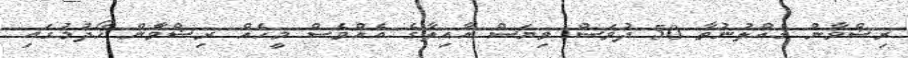
ރިޟްވާން ގެއްލުނުތާ 50 ދުވަސް ވިޔަސް އާއިލާގެ އެއްވެސް މީހެއް ރިޟްވާން ހޯދުމުގައި